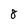
Character: 8